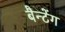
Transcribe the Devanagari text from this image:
बैन्टेंग